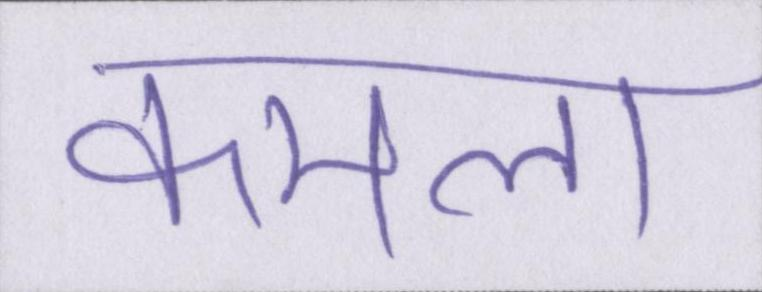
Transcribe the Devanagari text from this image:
कमला